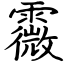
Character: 霺